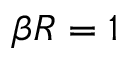
\beta R = 1